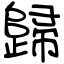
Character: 歸